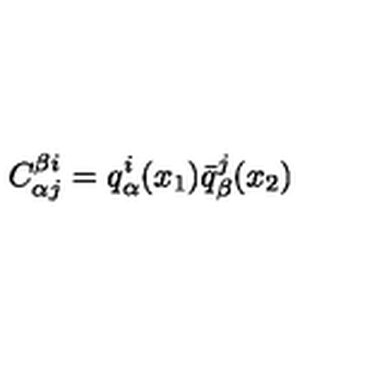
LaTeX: C _ { \alpha j } ^ { \beta i } = q _ { \alpha } ^ { i } ( x _ { 1 } ) \bar { q } _ { \beta } ^ { j } ( x _ { 2 } )